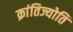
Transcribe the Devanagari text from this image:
क्रांतिज्योति